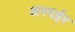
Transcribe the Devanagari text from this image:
अस्पईर